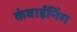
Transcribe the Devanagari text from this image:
कंबाईनिंग